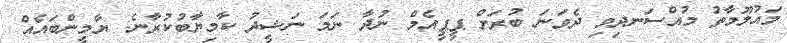
މައުލޫމާތު މުއްސަނދިވި ދެވަނަ ބުރަށް ޕީޕީއެމް ނުދާ ނަމަ ނަޝީދު ކާމިޔާބުކުރާނެ: ޔާމީންބައެއް